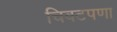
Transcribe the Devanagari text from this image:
चिवटपणा